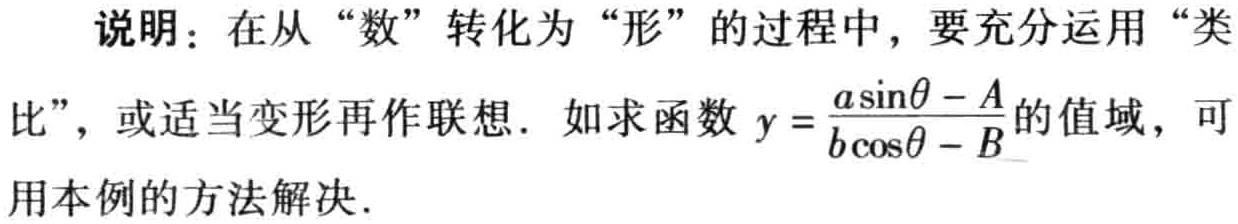
说明：在从“数”转化为“形”的过程中，要充分运用“类
比”，或适当变形再作联想. 如求函数 \(y = \frac{a\sin\theta - A}{b\cos\theta - B}\) 的值域，可
用本例的方法解决.